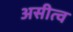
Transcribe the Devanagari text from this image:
असीत्व